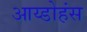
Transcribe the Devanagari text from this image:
आय्डोहंस